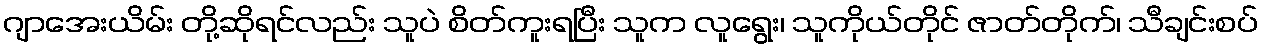
ဂျာအေးယိမ်း တို့ဆိုရင်လည်း သူပဲ စိတ်ကူးရပြီး သူက လူရွေး၊ သူကိုယ်တိုင် ဇာတ်တိုက်၊ သီချင်းစပ်